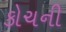
કોચની